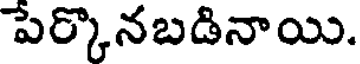
పేర్కొనబడినాయి.